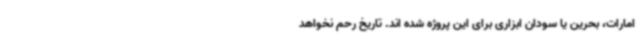
امارات، بحرین یا سودان ابزاری برای این پروژه شده اند. تاریخ رحم نخواهد